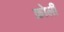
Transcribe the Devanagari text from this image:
क्रोली